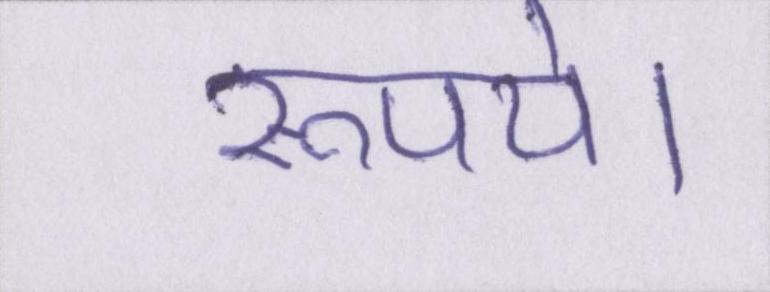
रूपये।